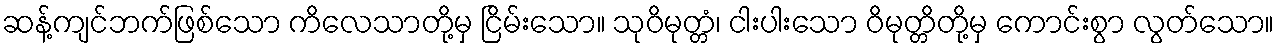
ဆန့်ကျင်ဘက်ဖြစ်သော ကိလေသာတို့မှ ငြိမ်းသော။ သုဝိမုတ္တံ၊ ငါးပါးသော ဝိမုတ္တိတို့မှ ကောင်းစွာ လွတ်သော။